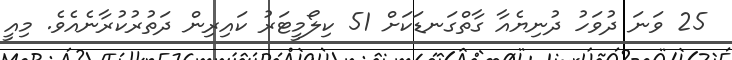
25 ވަނަ ދުވަހު ދުނިޔެއާ ގާތްގަނޑަކަށް 51 ކިލޯމީޓަރު ކައިރިން ދަތުރުކުރާނެއެވެ. މިއީ